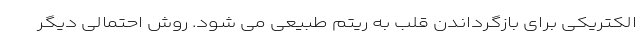
الکتریکی برای بازگرداندن قلب به ریتم طبیعی می شود. روش احتمالی دیگر